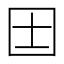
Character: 𡆮